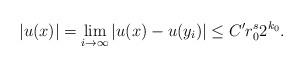
LaTeX: \begin{align*}\vert u(x)\vert=\lim_{i\rightarrow\infty}\vert u(x)-u(y_i)\vert\leq C'r_0^{s}2^{k_0}.\end{align*}